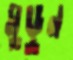
মুড়ুন